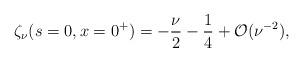
LaTeX: \begin{align*} \zeta_\nu(s=0,x=0^+) =\displaystyle{{ {-\frac{\nu}{2}}-\frac{1}{4}} + {\cal O}(\nu^{-2})},\end{align*}